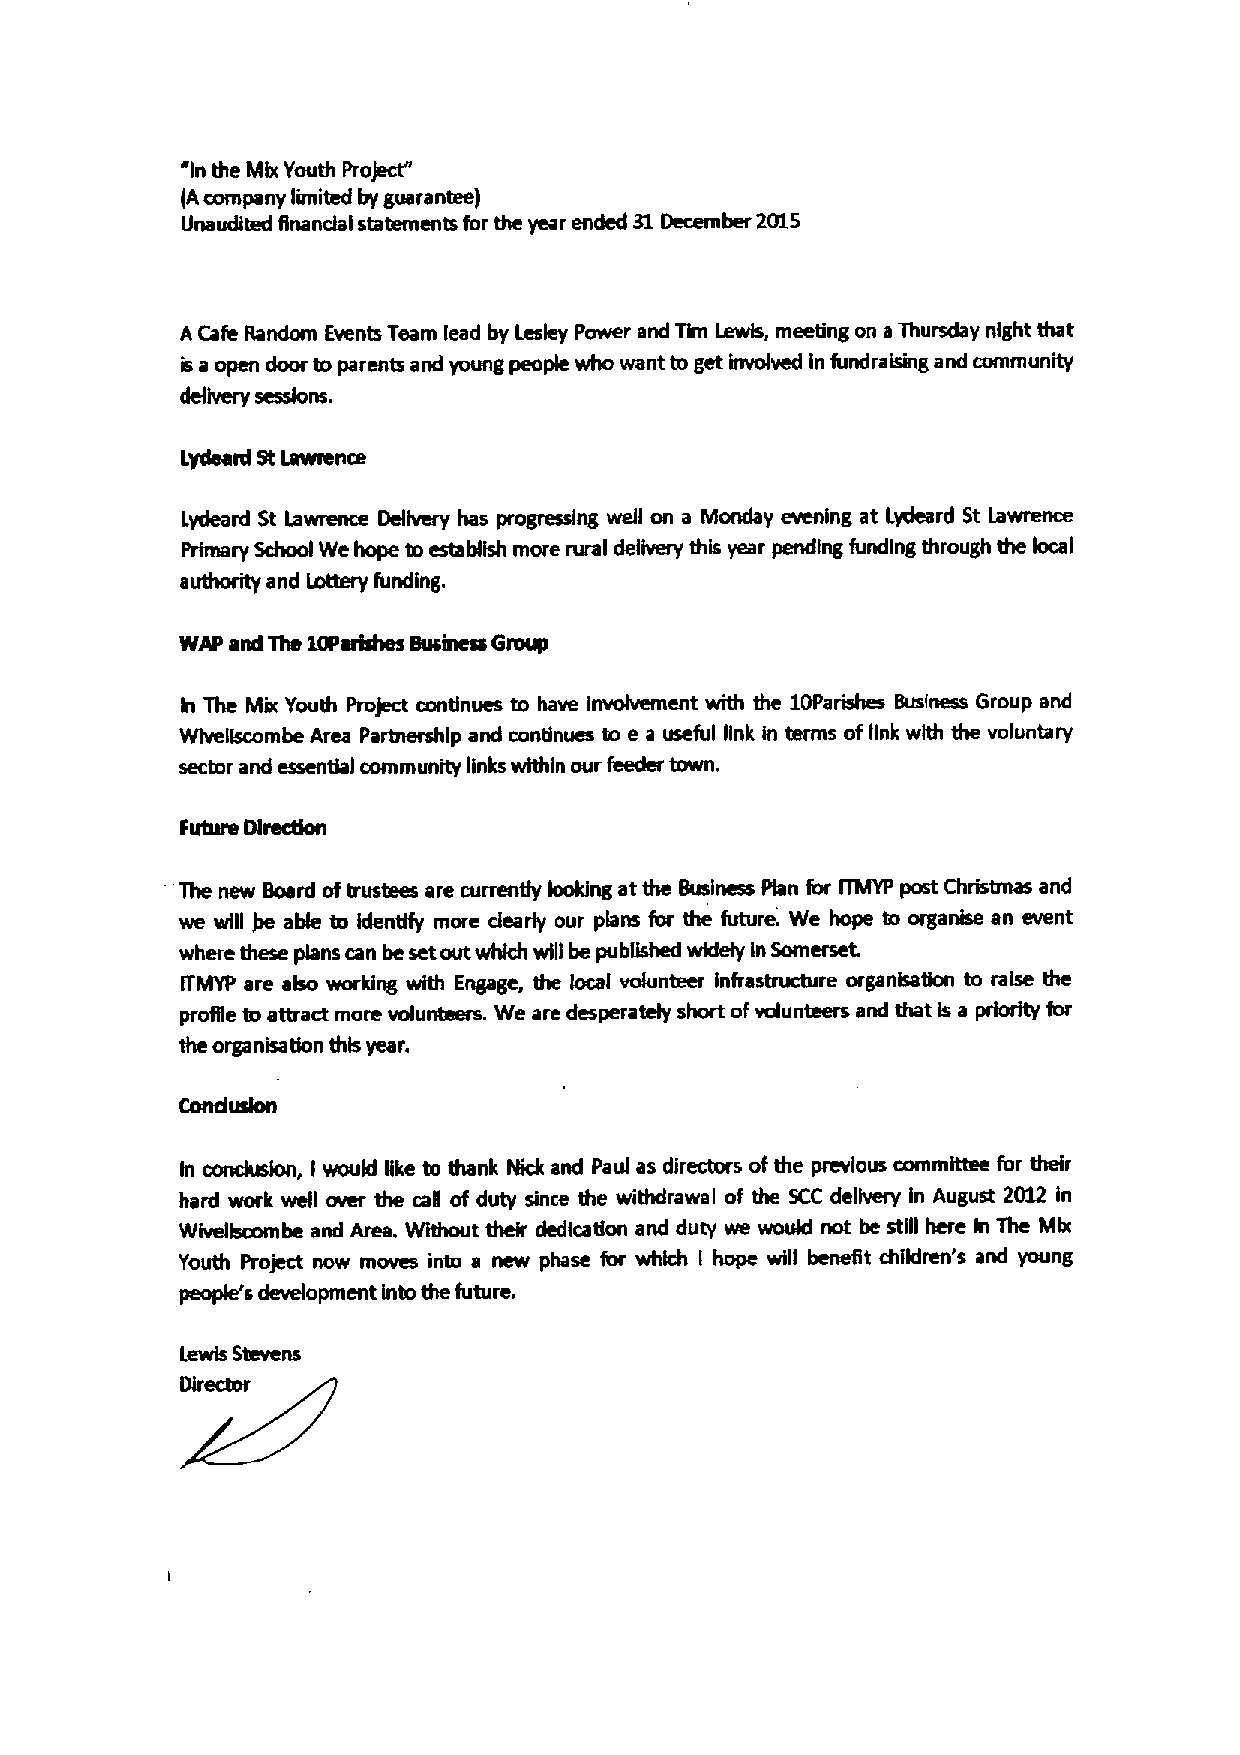
'In the Mhr Youth ProJect"
 (Acompany limited by guarantee)
 Unaudited Rnandal statements for the year ended 31December 2015
 A Cafe Random Events Team lead by tesley Power and Tlm Lewis, meeting on aThursday night that
 is a open door to parents and young people who want to get involved in fundra hing and community
 delivery sessions.
 lydeard Bttawrence
 Lydeard St lawrence Delivery has progressing well on a Monday evening at Lydeard St lawrence
 Prhnary School We hope to estabgsh more rural delivery this year pending funding through the local
 authority and Lottery funding,
 kr The Mix Youth Project continues to have Involvement with the 10Parishes Business Group and
 Wivellscombe Area Partnership and condnues so e a useful Bnk in terms oflink with the voluntary
 sector and essential community links within our feeder town.
 The new Board oftrustees are currently looking at the Business Plan for ITMYP post Christmas and
 we will jre aMe to Identify more dearly our plans for the future. We hope so organhe an event
 where these plans can be setout whkh will be pubgshed widely In Somerset
 ITMYP are aho working with Engage, the local vdunteer infrastructure organhaRon to raise the
 proSe to attract more volunteers. We are desperately short ofvolunteers and that is a prtority for
 the organisadon this year.
 ~,
 In       I would Bke to thank Nick and Paul as directors ofthe previous committee for their
 hard work well over the call of duty since the withdrawal of the SCC degvery in August 2012 in
 Wivelbcombe and Area. Without their dedication and duty we woukl not be still here In The Mhr
 Youth Project now moves into a new phase for whkh I hope will benefit children's and young
 people's development into the future.